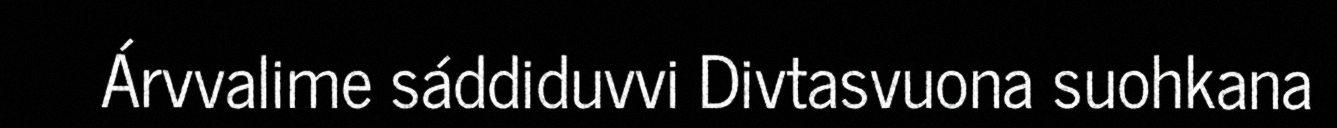
Árvvalime sáddiduvvi Divtasvuona suohkana